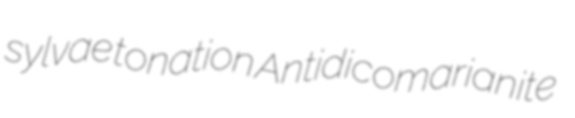
sylvae tonation Antidicomarianite